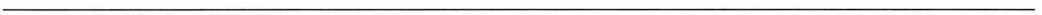
___